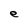
Character: e